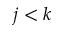
j < k